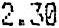
2.30